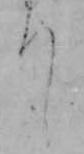
り